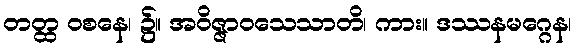
တတ္ထ ဝစနေ၊ ၌။ အဝိဇ္ဇာဝသေသာတိ၊ ကား။ ဒဿနမဂ္ဂေန၊